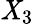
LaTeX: \mathit{X}_{3}